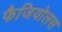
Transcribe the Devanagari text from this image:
फैजियोलस